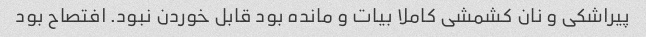
پیراشکی و نان کشمشی کاملا بیات و مانده بود قابل خوردن نبود. افتصاح بود